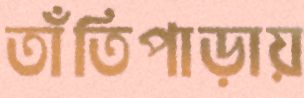
তাঁতিপাড়ায়